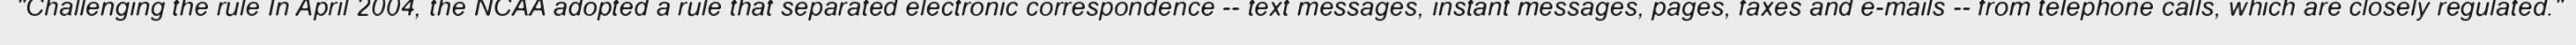
"Challenging the rule In April 2004, the NCAA adopted a rule that separated electronic correspondence -- text messages, instant messages, pages, faxes and e-mails -- from telephone calls, which are closely regulated."